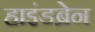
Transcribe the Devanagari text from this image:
हाइंडब्रेन